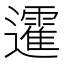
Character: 𨘾